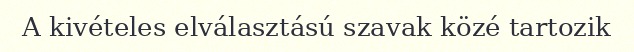
A kivételes elválasztású szavak közé tartozik